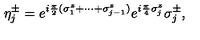
\eta _ { j } ^ { \pm } = e ^ { i { \frac { \pi } { 2 } } ( \sigma _ { 1 } ^ { z } + \cdots + \sigma _ { j - 1 } ^ { z } ) } e ^ { i { \frac { \pi } { 4 } } \sigma _ { j } ^ { z } } \sigma _ { j } ^ { \pm } ,